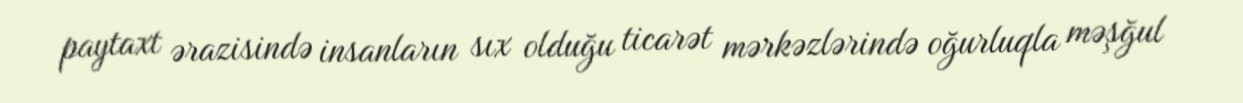
paytaxt ərazisində insanların sıx olduğu ticarət mərkəzlərində oğurluqla məşğul